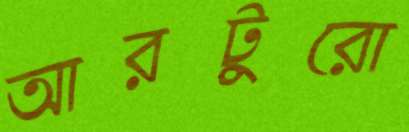
আরটুরো